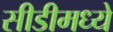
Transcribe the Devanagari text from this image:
सीडीमध्ये